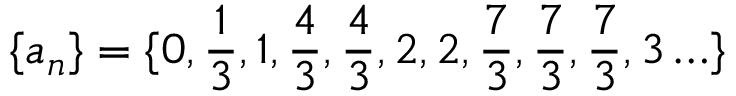
\{ a _ { n } \} = \{ 0 , \frac 1 3 , 1 , \frac 4 3 , \frac 4 3 , 2 , 2 , \frac 7 3 , \frac 7 3 , \frac 7 3 , 3 \ldots \}